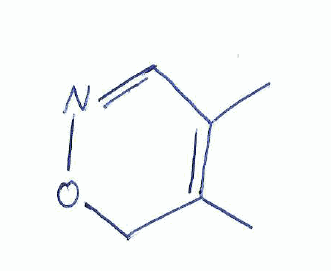
Simplified molecular-input line-entry system (SMILES) notation of the given molecule:
CC1=C(C=NOC1)C